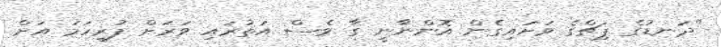
"ދަނޑުގެ ޕިޗްގެ ވަށައިގެން އޮންނާނީ ގާ ވެސް އަތުރައި ވަރަށް ފުރިހަމަ އަށް